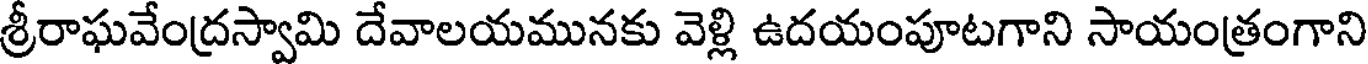
శ్రీరాఘవేంద్రస్వామి దేవాలయమునకు వెళ్లి ఉదయంపూటగాని సాయంత్రంగాని